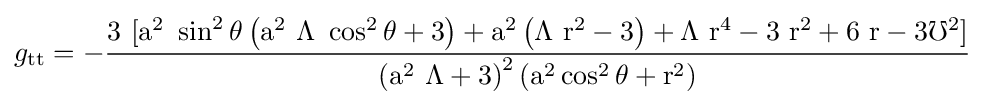
g_{\rm {tt}}={\rm {-{\frac {3\ [a^{2}\ \sin ^{2}\theta \left(a^{2}\ \Lambda \ \cos ^{2}\theta +3\right)+a^{2}\left(\Lambda \ r^{2}-3\right)+\Lambda \ r^{4}-3\ r^{2}+6\ r-3\mho ^{2}]}{\left(a^{2}\ \Lambda +3\right)^{2}\left(a^{2}\cos ^{2}\theta +r^{2}\right)}}}}